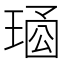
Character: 𤦱